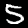
Digit: 5